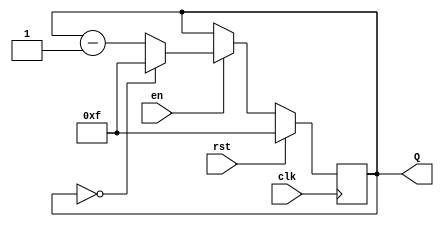
module binary_down_counter #(
    parameter WIDTH = 4,               // Width of the counter
    parameter MAX_VALUE = (1 << WIDTH) - 1 // Maximum value based on width
)(
    input wire clk,                    // Clock signal
    input wire rst,                    // Reset signal (active high)
    input wire en,                     // Enable signal
    output reg [WIDTH-1:0] Q           // Current count value
);

    always @(posedge clk) begin
        if (rst) begin
            // Reset the counter to maximum value
            Q <= MAX_VALUE;
        end else if (en) begin
            // Decrement the counter
            if (Q == 0) begin
                // Wrap around to maximum value
                Q <= MAX_VALUE;
            end else begin
                Q <= Q - 1;
            end
        end
    end

    // Initialize the counter to the maximum value
    initial begin
        Q = MAX_VALUE;
    end

endmodule